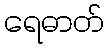
ရေဓာတ်